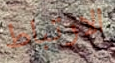
الارتباط